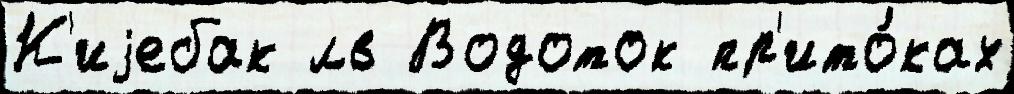
К'иjебак лв Водоток пр'ито́ках